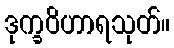
ဒုက္ခဝိဟာရသုတ်။